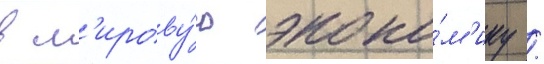
в м'ирову́ю эконо́м'ику /